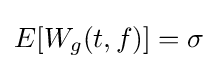
E[W_{g}(t,f)]=\sigma